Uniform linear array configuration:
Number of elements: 4
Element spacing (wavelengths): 0.5
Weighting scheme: uniform
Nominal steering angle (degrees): -60
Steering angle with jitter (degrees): -61.786
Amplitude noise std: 0.05
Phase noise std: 0.05

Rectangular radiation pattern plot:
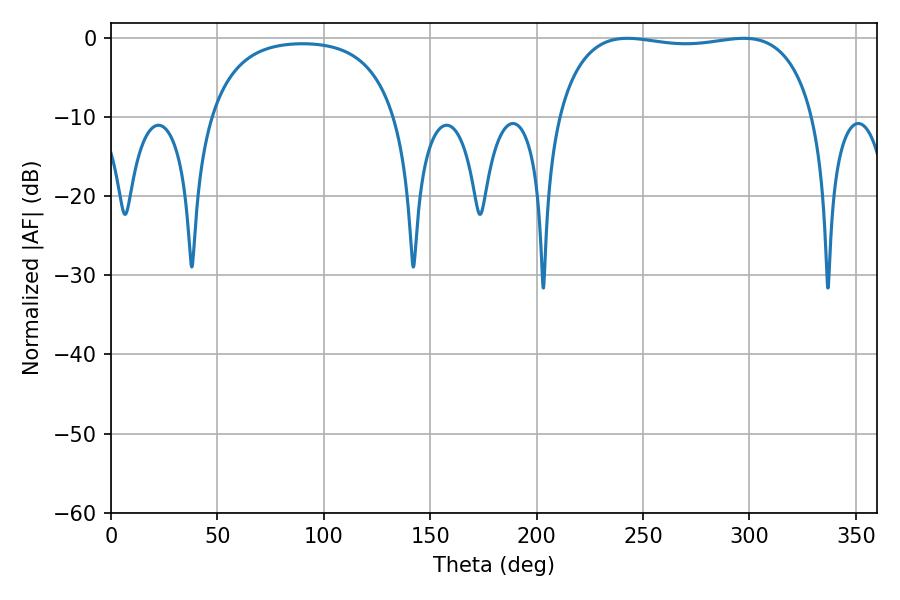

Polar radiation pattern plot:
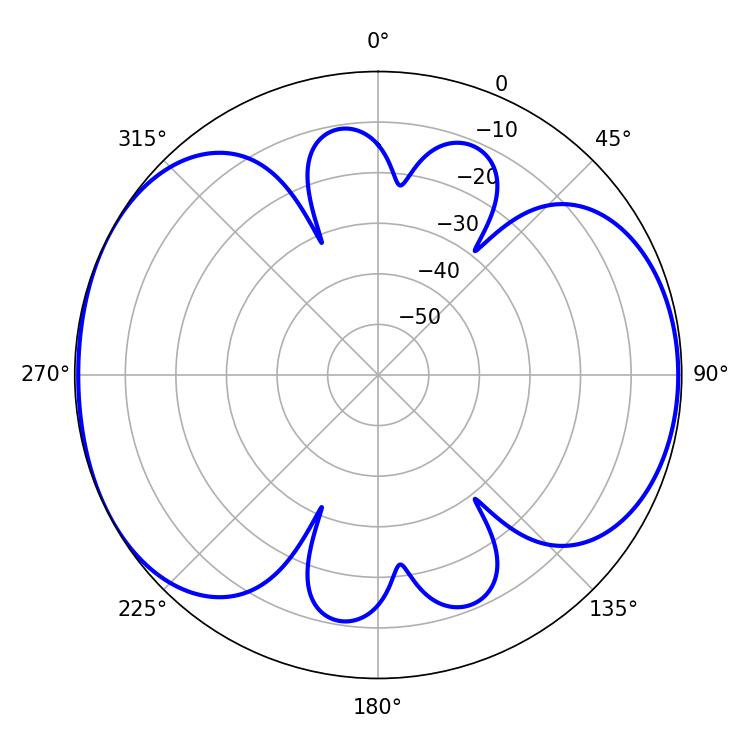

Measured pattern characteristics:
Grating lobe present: FALSE
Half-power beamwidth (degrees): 96.84
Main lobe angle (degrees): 242.64